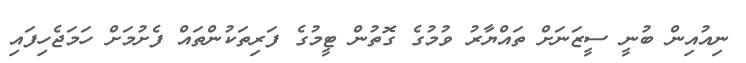
ނިއުއިން ބުނީ ސީޒަނަށް ތައްޔާރު ވުމުގެ ގޮތުން ޓީމުގެ ފަރިތަކުންތައް ފެށުމަށް ހަމަޖެހިފައި